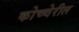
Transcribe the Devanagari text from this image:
कोच्चेरील